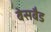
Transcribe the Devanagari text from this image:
बेसबैड